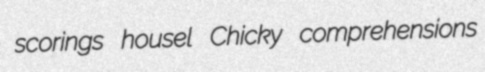
scorings housel Chicky comprehensions